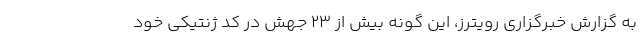
به گزارش خبرگزاری رویترز، این گونه بیش از ۲۳ جهش در کد ژنتیکی خود